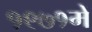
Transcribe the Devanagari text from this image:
१९७१में